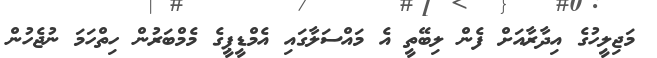
މަޖިލީހުގެ އިދާރާއަށް ފެން ލިބޭތީ އެ މައްސަލާގައި އެމްޑީޕީގެ މެމްބަރުން ހިތްހަމަ ނުޖެހުން